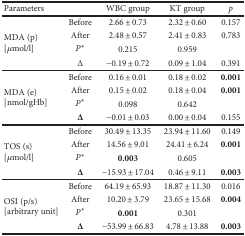
<table><thead><tr><td colspan="2"><b>Parameters</b></td><td><b>WBC group</b></td><td><b>KT group</b></td><td><b><i>p</i></b></td></tr></thead><tbody><tr><td rowspan="4">MDA (p)[<i>μ</i>mol/l]</td><td>Before</td><td>2.66 ± 0.73</td><td>2.32 ± 0.60</td><td>0.157</td></tr><tr><td>After</td><td>2.48 ± 0.57</td><td>2.41 ± 0.83</td><td>0.783</td></tr><tr><td><i>P</i><sup>∗</sup></td><td>0.215</td><td>0.959</td><td></td></tr><tr><td>Δ</td><td>−0.19 ± 0.72</td><td>0.09 ± 1.04</td><td>0.391</td></tr><tr><td rowspan="4">MDA (e)[nmol/gHb]</td><td>Before</td><td>0.16 ± 0.01</td><td>0.18 ± 0.02</td><td><b>0.001</b></td></tr><tr><td>After</td><td>0.15 ± 0.02</td><td>0.18 ± 0.04</td><td><b>0.001</b></td></tr><tr><td><i>P</i><sup>∗</sup></td><td>0.098</td><td>0.642</td><td></td></tr><tr><td><b>Δ</b></td><td>−0.01 ± 0.03</td><td>0.00 ± 0.04</td><td>0.155</td></tr><tr><td rowspan="4">TOS (s)[<i>μ</i>mol/l]</td><td>Before</td><td>30.49 ± 13.35</td><td>23.94 ± 11.60</td><td>0.149</td></tr><tr><td>After</td><td>14.56 ± 9.01</td><td>24.41 ± 6.24</td><td><b>0.001</b></td></tr><tr><td><i>P</i><sup>∗</sup></td><td><b>0.003</b></td><td>0.605</td><td></td></tr><tr><td><b>Δ</b></td><td>−15.93 ± 17.04</td><td>0.46 ± 9.11</td><td><b>0.003</b></td></tr><tr><td rowspan="4">OSI (p/s)[arbitrary unit]</td><td>Before</td><td>64.19 ± 65.93</td><td>18.87 ± 11.30</td><td>0.016</td></tr><tr><td>After</td><td>10.20 ± 3.79</td><td>23.65 ± 15.68</td><td><b>0.004</b></td></tr><tr><td><i>P</i><sup>∗</sup></td><td><b>0.001</b></td><td>0.301</td><td></td></tr><tr><td><b>Δ</b></td><td>−53.99 ± 66.83</td><td>4.78 ± 13.88</td><td><b>0.003</b></td></tr></tbody></table>